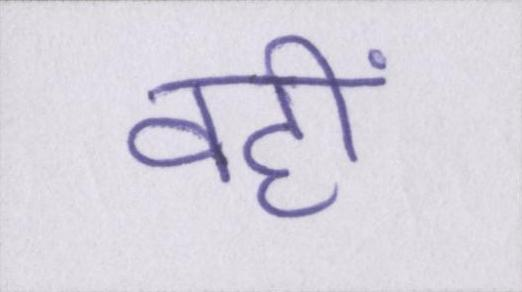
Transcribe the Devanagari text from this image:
वही